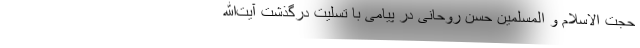
حجت الاسلام و المسلمین حسن روحانی در پیامی با تسلیت درگذشت آیت‌الله